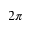
2 \pi